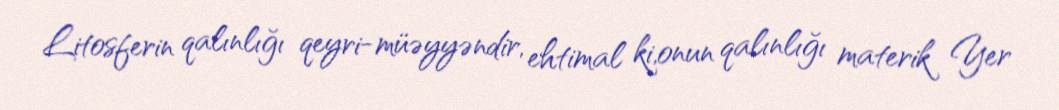
Litosferin qalınlığı qeyri-müəyyəndir, ehtimal ki,onun qalınlığı materik Yer